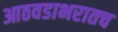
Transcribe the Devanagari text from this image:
आठवडाभरातच